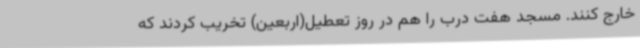
خارج کنند. مسجد هفت درب را هم در روز تعطیل(اربعین) تخریب کردند که